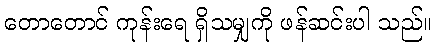
တောတောင် ကုန်းရေ ရှိသမျှကို ဖန်ဆင်းပါ သည်။